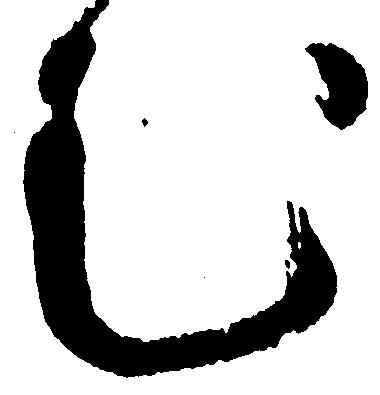
む